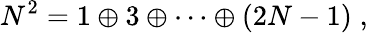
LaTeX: N^{2}=1\oplus 3\oplus\cdots\oplus(2N-1)\; ,